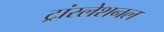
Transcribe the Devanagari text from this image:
ट्रांस्लेशनल